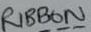
Text: RIBBON